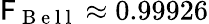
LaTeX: \mathsf{F}_{\mathrm{{~B~e~l~l~}}}\approx0.99926